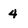
Character: 4